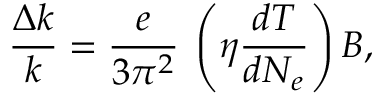
\frac { \Delta k } { k } = \frac { e } { 3 \pi ^ { 2 } } \: \left( \eta \frac { d T } { d N _ { e } } \right) B ,